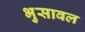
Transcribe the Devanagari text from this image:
भुुसावल